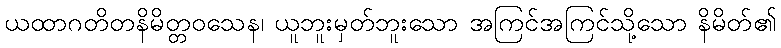
ယထာဂတိတနိမိတ္တဝသေန၊ ယူဘူးမှတ်ဘူးသော အကြင်အကြင်သို့သော နိမိတ်၏